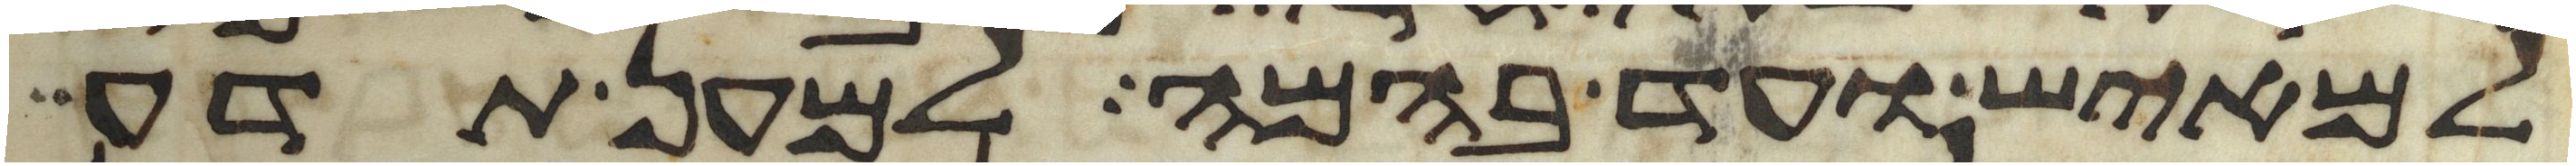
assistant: למאיש ועד בהמה למען תדע